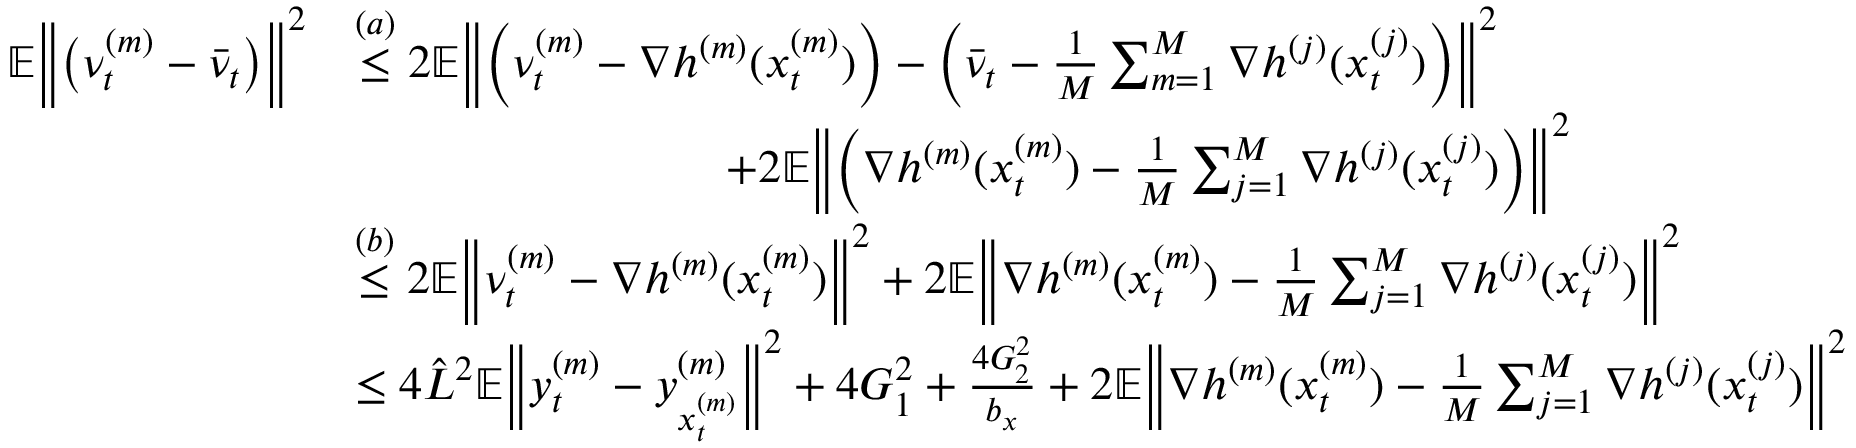
\begin{array} { r l } { \mathbb { E } \bigg \| \big ( \nu _ { t } ^ { ( m ) } - \bar { \nu } _ { t } \big ) \bigg \| ^ { 2 } } & { \overset { ( a ) } { \leq } 2 \mathbb { E } \bigg \| \bigg ( \nu _ { t } ^ { ( m ) } - \nabla h ^ { ( m ) } ( x _ { t } ^ { ( m ) } ) \bigg ) - \bigg ( \bar { \nu } _ { t } - \frac { 1 } { M } \sum _ { m = 1 } ^ { M } \nabla h ^ { ( j ) } ( x _ { t } ^ { ( j ) } ) \bigg ) \bigg \| ^ { 2 } } \\ & { \qquad \qquad \qquad \qquad + 2 \mathbb { E } \bigg \| \bigg ( \nabla h ^ { ( m ) } ( x _ { t } ^ { ( m ) } ) - \frac { 1 } { M } \sum _ { j = 1 } ^ { M } \nabla h ^ { ( j ) } ( x _ { t } ^ { ( j ) } ) \bigg ) \bigg \| ^ { 2 } } \\ & { \overset { ( b ) } { \leq } 2 \mathbb { E } \bigg \| \nu _ { t } ^ { ( m ) } - \nabla h ^ { ( m ) } ( x _ { t } ^ { ( m ) } ) \bigg \| ^ { 2 } + 2 \mathbb { E } \bigg \| \nabla h ^ { ( m ) } ( x _ { t } ^ { ( m ) } ) - \frac { 1 } { M } \sum _ { j = 1 } ^ { M } \nabla h ^ { ( j ) } ( x _ { t } ^ { ( j ) } ) \bigg \| ^ { 2 } } \\ & { \leq 4 \hat { L } ^ { 2 } \mathbb { E } \bigg \| y _ { t } ^ { ( m ) } - y _ { x _ { t } ^ { ( m ) } } ^ { ( m ) } \bigg \| ^ { 2 } + 4 G _ { 1 } ^ { 2 } + \frac { 4 G _ { 2 } ^ { 2 } } { b _ { x } } + 2 \mathbb { E } \bigg \| \nabla h ^ { ( m ) } ( x _ { t } ^ { ( m ) } ) - \frac { 1 } { M } \sum _ { j = 1 } ^ { M } \nabla h ^ { ( j ) } ( x _ { t } ^ { ( j ) } ) \bigg \| ^ { 2 } } \end{array}